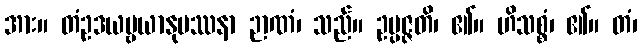
အား။ တံဥဒယဗ္ဗယာနုပဿနာ ဉာဏံ၊ သည်။ ဥပ္ပဇ္ဇတိ၊ ၏။ ဟိသစ္စံ၊ ၏။ တံ၊